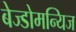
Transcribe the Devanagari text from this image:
बेज्डोमन्यिज